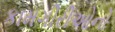
કામગીરીઓનો